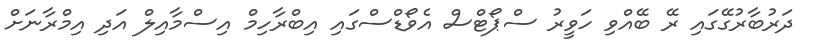
ދަރުބާރުގޭގައި ރޭ ބޭއްވި ހަވީރު ސްޕޯޓްސް އެވޯޑްސްގައި އިބްރާހިމް އިސްމާއިލް އަދި އިމްރާނަށް